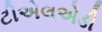
ટીએલએડી